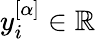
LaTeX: y_{i}^{[\alpha]}\in\mathbb{R}